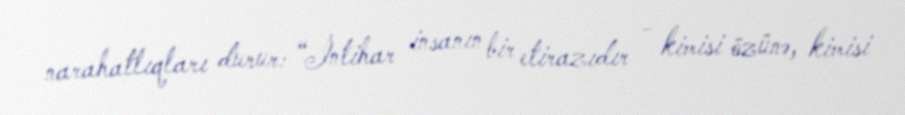
narahatlıqları durur: “İntihar insanın bir etirazıdır - kimisi özünə, kimisi